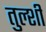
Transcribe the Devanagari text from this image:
तुल्शी